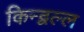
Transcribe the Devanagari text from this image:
किन्द्वल्ल